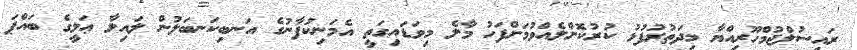
ރައީސުލްޖުމްހޫރިއްޔާ މިދަތުރުފުޅު ކުރުކޮށްލެއްވުމަށްފަހު މާލެ މިވަޑައިގަތީ އެމަނިކުފާނުގެ އަނބިކަނބަލުން ލައިލާ ޢަލީގެ ބައްޕަ